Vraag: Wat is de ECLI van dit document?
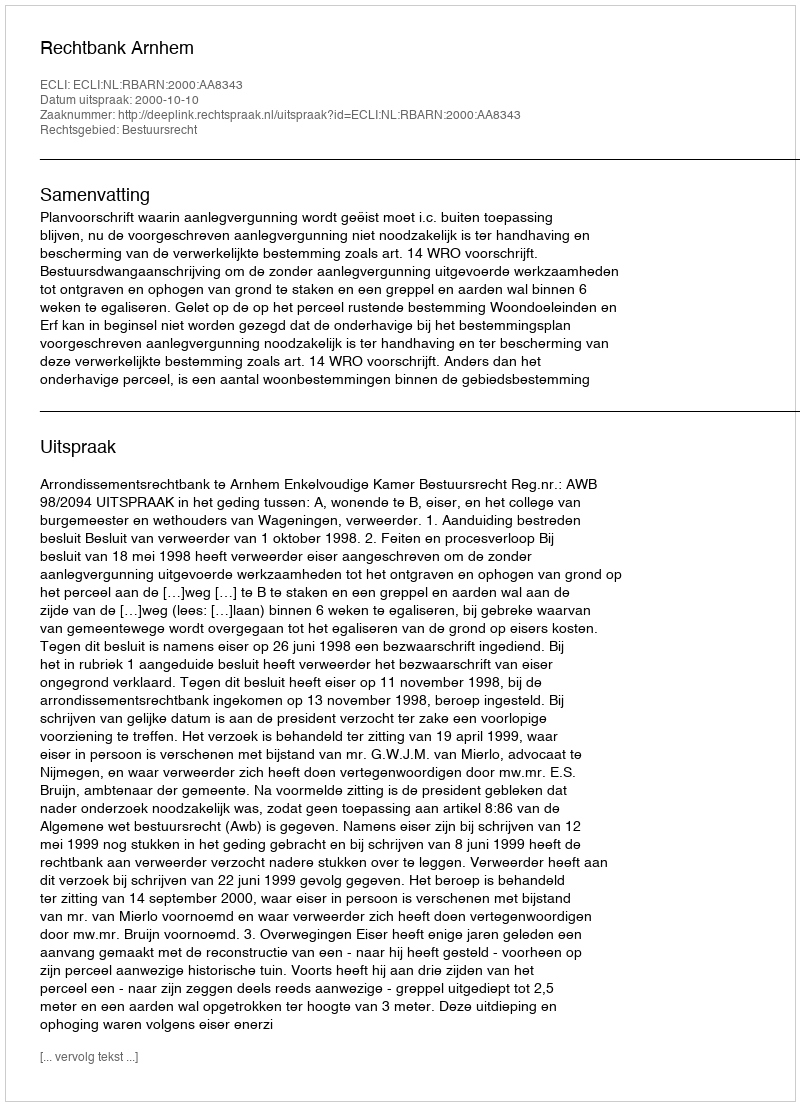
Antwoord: ECLI:NL:RBARN:2000:AA8343